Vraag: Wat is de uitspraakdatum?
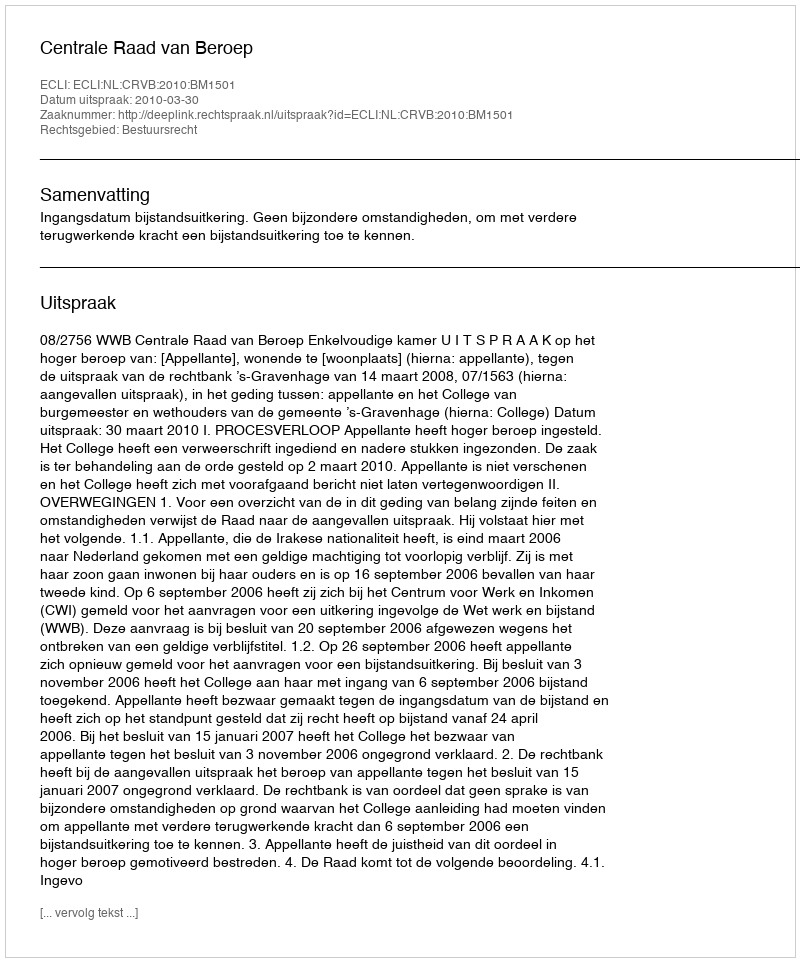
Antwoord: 2010-03-30